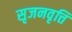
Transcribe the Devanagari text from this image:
सृजनवृत्ति